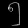
Digit: ၅